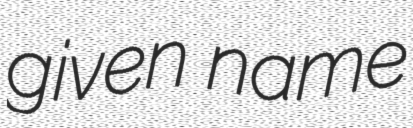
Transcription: given name